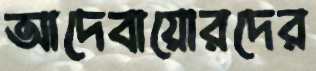
আদেবায়োরদের